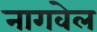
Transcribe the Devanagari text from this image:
नागवेल